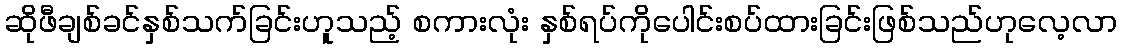
ဆိုဖီချစ်ခင်နှစ်သက်ခြင်းဟူသည့် စကားလုံး နှစ်ရပ်ကိုပေါင်းစပ်ထားခြင်းဖြစ်သည်ဟုလေ့လာ